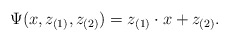
\begin{align*}\Psi(x,z_{(1)},z_{(2)})=z_{(1)} \cdot x+z_{(2)}.\end{align*}